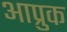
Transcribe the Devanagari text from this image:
आप्रुक